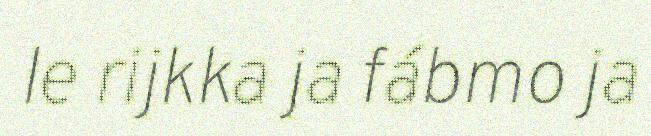
le rijkka ja fábmo ja